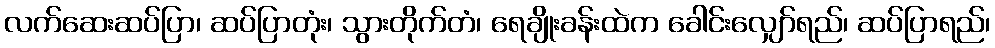
လက်ဆေးဆပ်ပြာ၊ ဆပ်ပြာတုံး၊ သွားတိုက်တံ၊ ရေချိုးခန်းထဲက ခေါင်းလျှော်ရည်၊ ဆပ်ပြာရည်၊